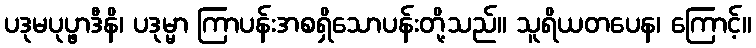
ပဒုမပုပ္ဖာဒီနိ၊ ပဒုမ္မာ ကြာပန်းအစရှိသောပန်းတို့သည်။ သူရိယတပေန၊ ကြောင့်။